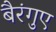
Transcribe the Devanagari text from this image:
बैरंगुए